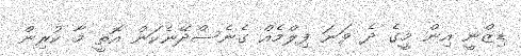
ޑިޒްނީ އިން މީގެ ދެ ވަނަ ފިލްމެއް ގެނެސްދޭނެކަން އޮތީ މާ ކުރިން